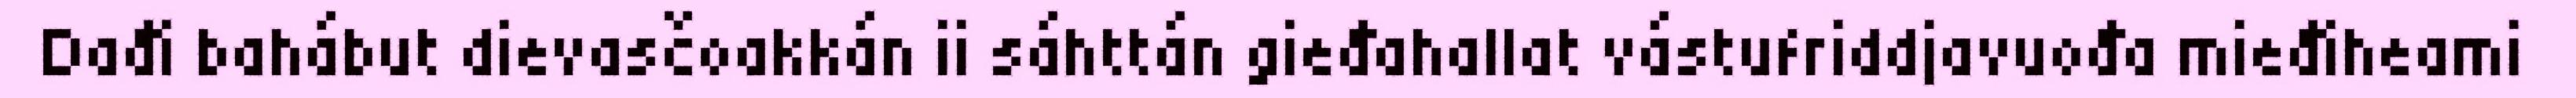
Dađi bahábut dievasčoakkán ii sáhttán gieđahallat vástufriddjavuođa mieđiheami